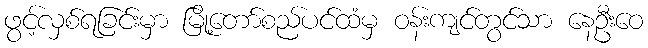
ဖွင့်လှစ်ရခြင်းမှာ မြို့တော်စည်ပင်ထံမှ ဝန်းကျင်တွင်သာ နေဦးဝေ